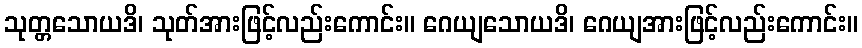
သုတ္တသောယဒိ၊ သုတ်အားဖြင့်လည်းကောင်း။ ဂေယျသောယဒိ၊ ဂေယျအားဖြင့်လည်းကောင်း။